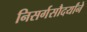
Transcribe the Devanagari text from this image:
निसर्गसौदर्यांने